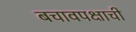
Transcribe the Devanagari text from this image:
बचावपक्षाची